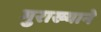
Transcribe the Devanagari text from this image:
गुराख्याने